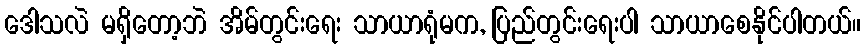
ဒေါသလဲ မရှိတော့ဘဲ အိမ်တွင်းရေး သာယာရုံမက, ပြည်တွင်းရေးပါ သာယာစေနိုင်ပါတယ်။